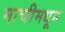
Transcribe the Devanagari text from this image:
माचीमधून